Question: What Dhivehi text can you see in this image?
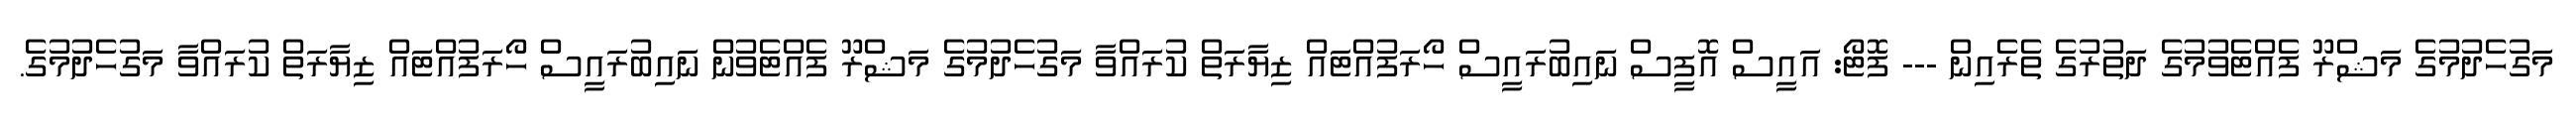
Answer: މަގުހެދުމުގެ މަޝްރޫ ފެއްޓެވުމުގެ ދަތުރުގެ ތެރެއިން --- ފޮޓޯ: އައީސް އޮފީސް ނައިބުރައީސް ހޯރަފުއްޓައް ޒިޔާރަތް ކުރައްވާ މަގުހެދުމުގެ މަޝްރޫ ފެއްޓެވުން ނައިބުރައީސް ހޯރަފުއްޓައް ޒިޔާރަތް ކުރައްވާ މަގުހެދުމުގެ.